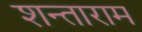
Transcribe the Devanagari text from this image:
शन्ताराम